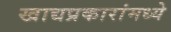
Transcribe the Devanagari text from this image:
खाद्यप्रकारांमध्ये